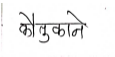
मजकूर: कौतुकाने